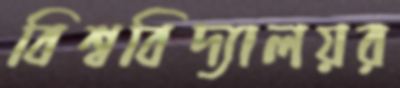
বিশ্ববিদ্যালয়র